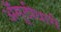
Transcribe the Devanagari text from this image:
अँगूठीधारी